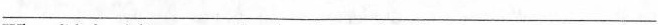
___